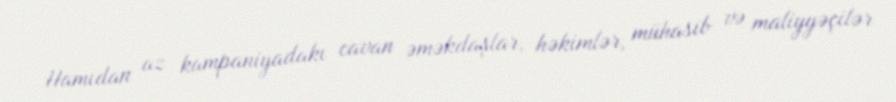
Hamıdan az kampaniyadakı cavan əməkdaşlar, həkimlər, mühasib və maliyyəçilər